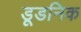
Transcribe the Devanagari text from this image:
डूडनिक